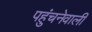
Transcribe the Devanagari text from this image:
पहुंचनेवाली